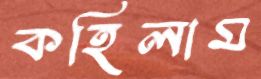
কহিলাম